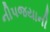
નીપજયાની